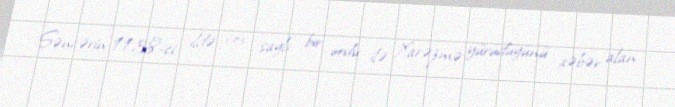
Səncərin 1138-ci ildə çox saylı bir ordu ilə Xarəzmə yürüdüyünü xəbər alan